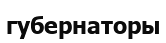
губернаторы